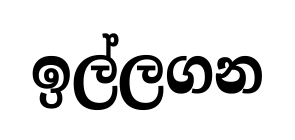
ඉල්ලගන